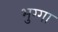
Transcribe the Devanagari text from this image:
भुग्गा